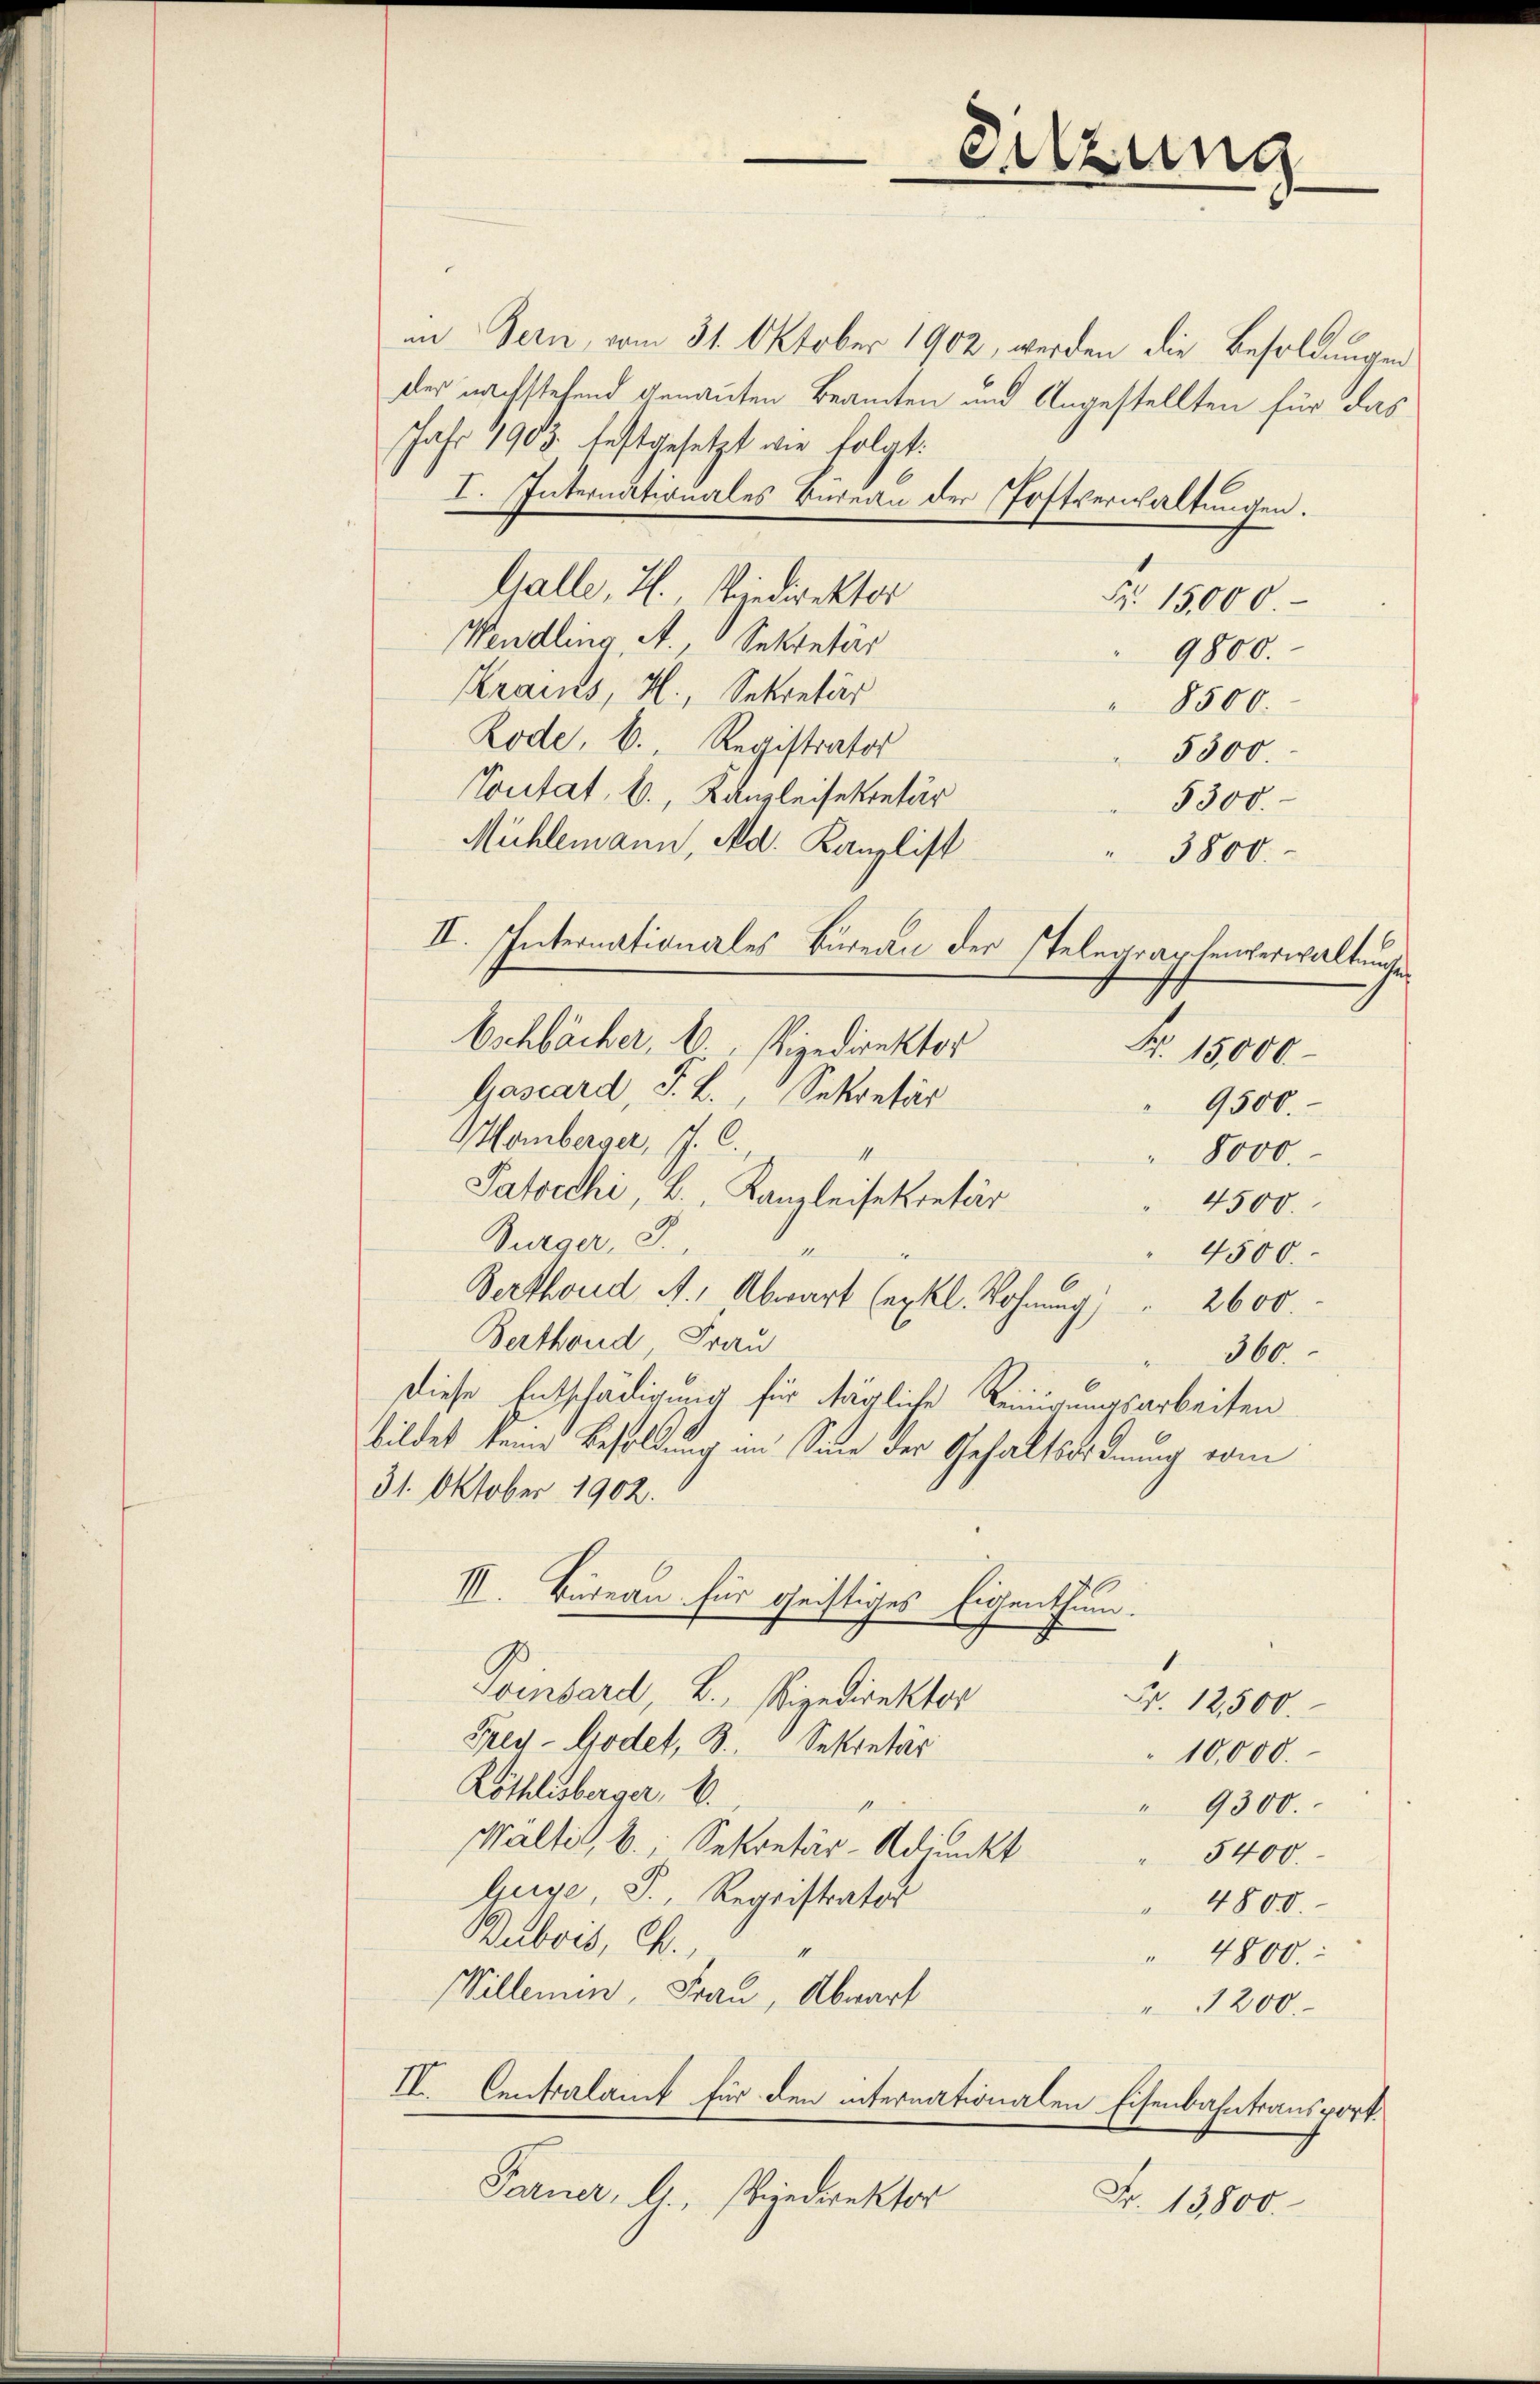
in Bern vom 31. Oktober 1902, werden die Besoldungen
der nachstehend genannten Beamten und Angestellten für das
Jahr 1903. festgesetzt die folgt:
I. Internationales Büreau der Postverwaltungen.
Galle, H., Vindirektor
Fr. 15000.
Wendling A Sekretär
9800.
Krains, H., Sekretär
8500.
Rode, b. Registrator
5500.
Tontat. B., Kanzleisekretär
5300.
Mühlemann, Ad. Kanzlist
3800.
II. Internationales Bureau der Telegraphenverwaltungen
Eschbäcker, b. Vizedirektor
Gascard, S. L., Sekretär
9500
Homberger, J. C.
" 8000.
Patocchi, B. Kanzleisekretär
4500.
Bürger, 3.
4500.
Berthoud A. Abwart (exkl. Wohnung " 2600
Berthoud, Frau
360
Diese Entschädigung für tägliche Reinigungsarbeiten
bildet keine Besoldung im Sinne der Gehaltsordnung vom
31. Oktober 1902.
III. Büreau für geistiges Eigenthum.
oinbard, B., Vizedirektor
Nr. 12,500.
Frey-Godet, 3. Sekretär
10,000.
Röthlisberger, 6.
" 9300.
Wältis, b.; Sekretär-Adjunkt
5400
Guse, S., Registrator
4800.
Dubois, C.
" 4800:
Willemen, Frau, Abwart
200.
II. Centralamt für den internationalen Eisenbahntransport.
Farner, A., jedirektor
Fr. 13800.

Sitzung

Fr. 15,000